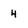
Character: 4